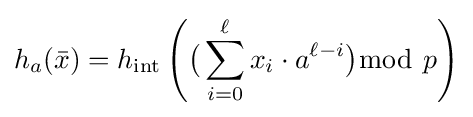
h_{a}({\bar {x}})=h_{\mathrm {int} }\left({\big (}\sum _{i=0}^{\ell }x_{i}\cdot a^{\ell -i}{\big )}{\bmod {~}}p\right)